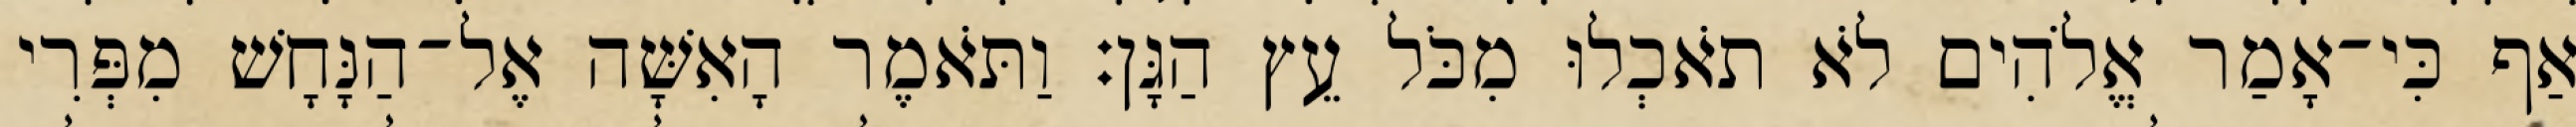
אַף כִּי־אָמַר אֱלֹהִים לֹא תֹאכְלוּ מִכֹּל עֵץ הַגָּן׃ וַתֹּאמֶר הָאִשָּׁה אֶל־הַנָּחָשׁ מִפְּרִי